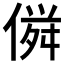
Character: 𠌏